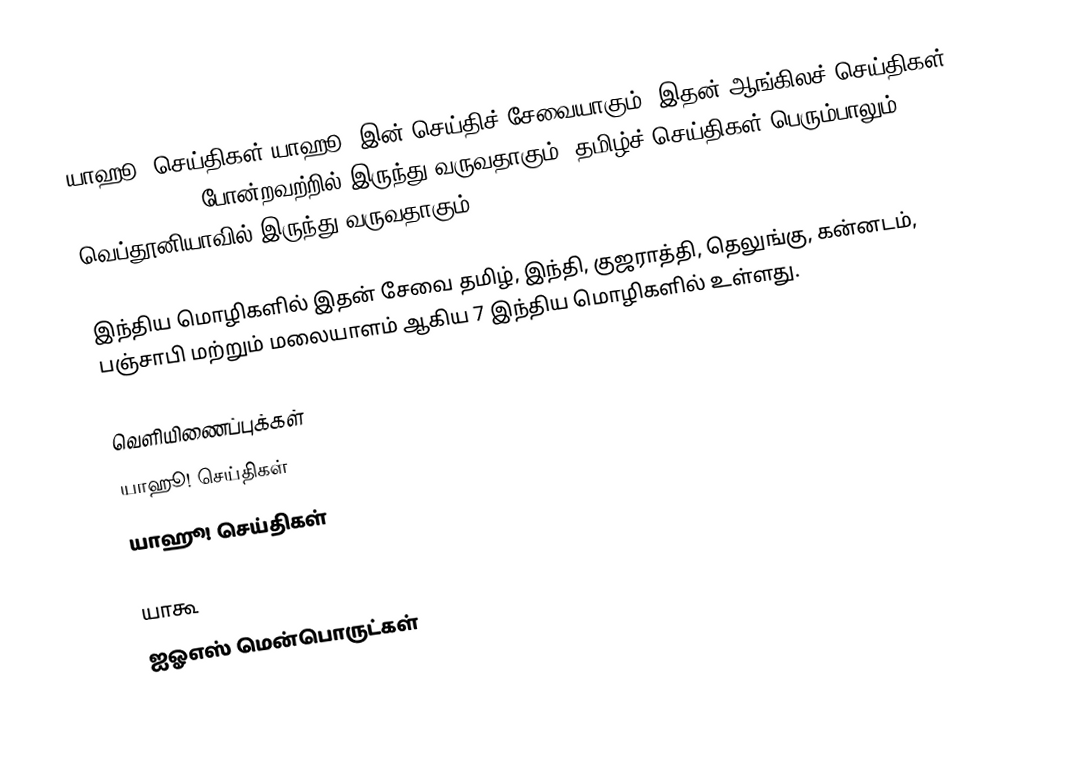
யாஹூ! செய்திகள் யாஹூ! இன் செய்திச் சேவையாகும். இதன் ஆங்கிலச் செய்திகள் CNN, USA Today போன்றவற்றில் இருந்து வருவதாகும். தமிழ்ச் செய்திகள் பெரும்பாலும் வெப்தூனியாவில் இருந்து வருவதாகும்.

இந்திய மொழிகளில் இதன் சேவை தமிழ், இந்தி, குஜராத்தி, தெலுங்கு, கன்னடம், பஞ்சாபி மற்றும் மலையாளம் ஆகிய 7 இந்திய மொழிகளில் உள்ளது.

வெளியிணைப்புக்கள்
யாஹூ! செய்திகள்
யாஹூ! செய்திகள்

யாகூ
ஐஓஎஸ் மென்பொருட்கள்